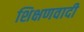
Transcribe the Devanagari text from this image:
शिक्षणवादी